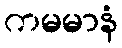
ကမမာနံ